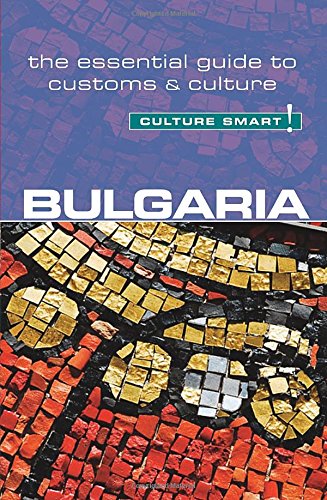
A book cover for Bulgaria - Culture Smart!: The Essential Guide to Customs & Culture; Juliana Tzvetkova; Travel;